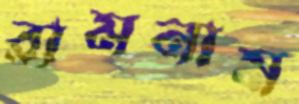
রামনাম